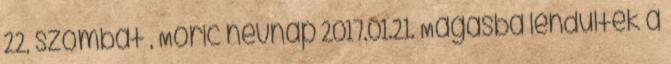
22, szombat , Móric névnap 2017.01.21. Magasba lendültek a